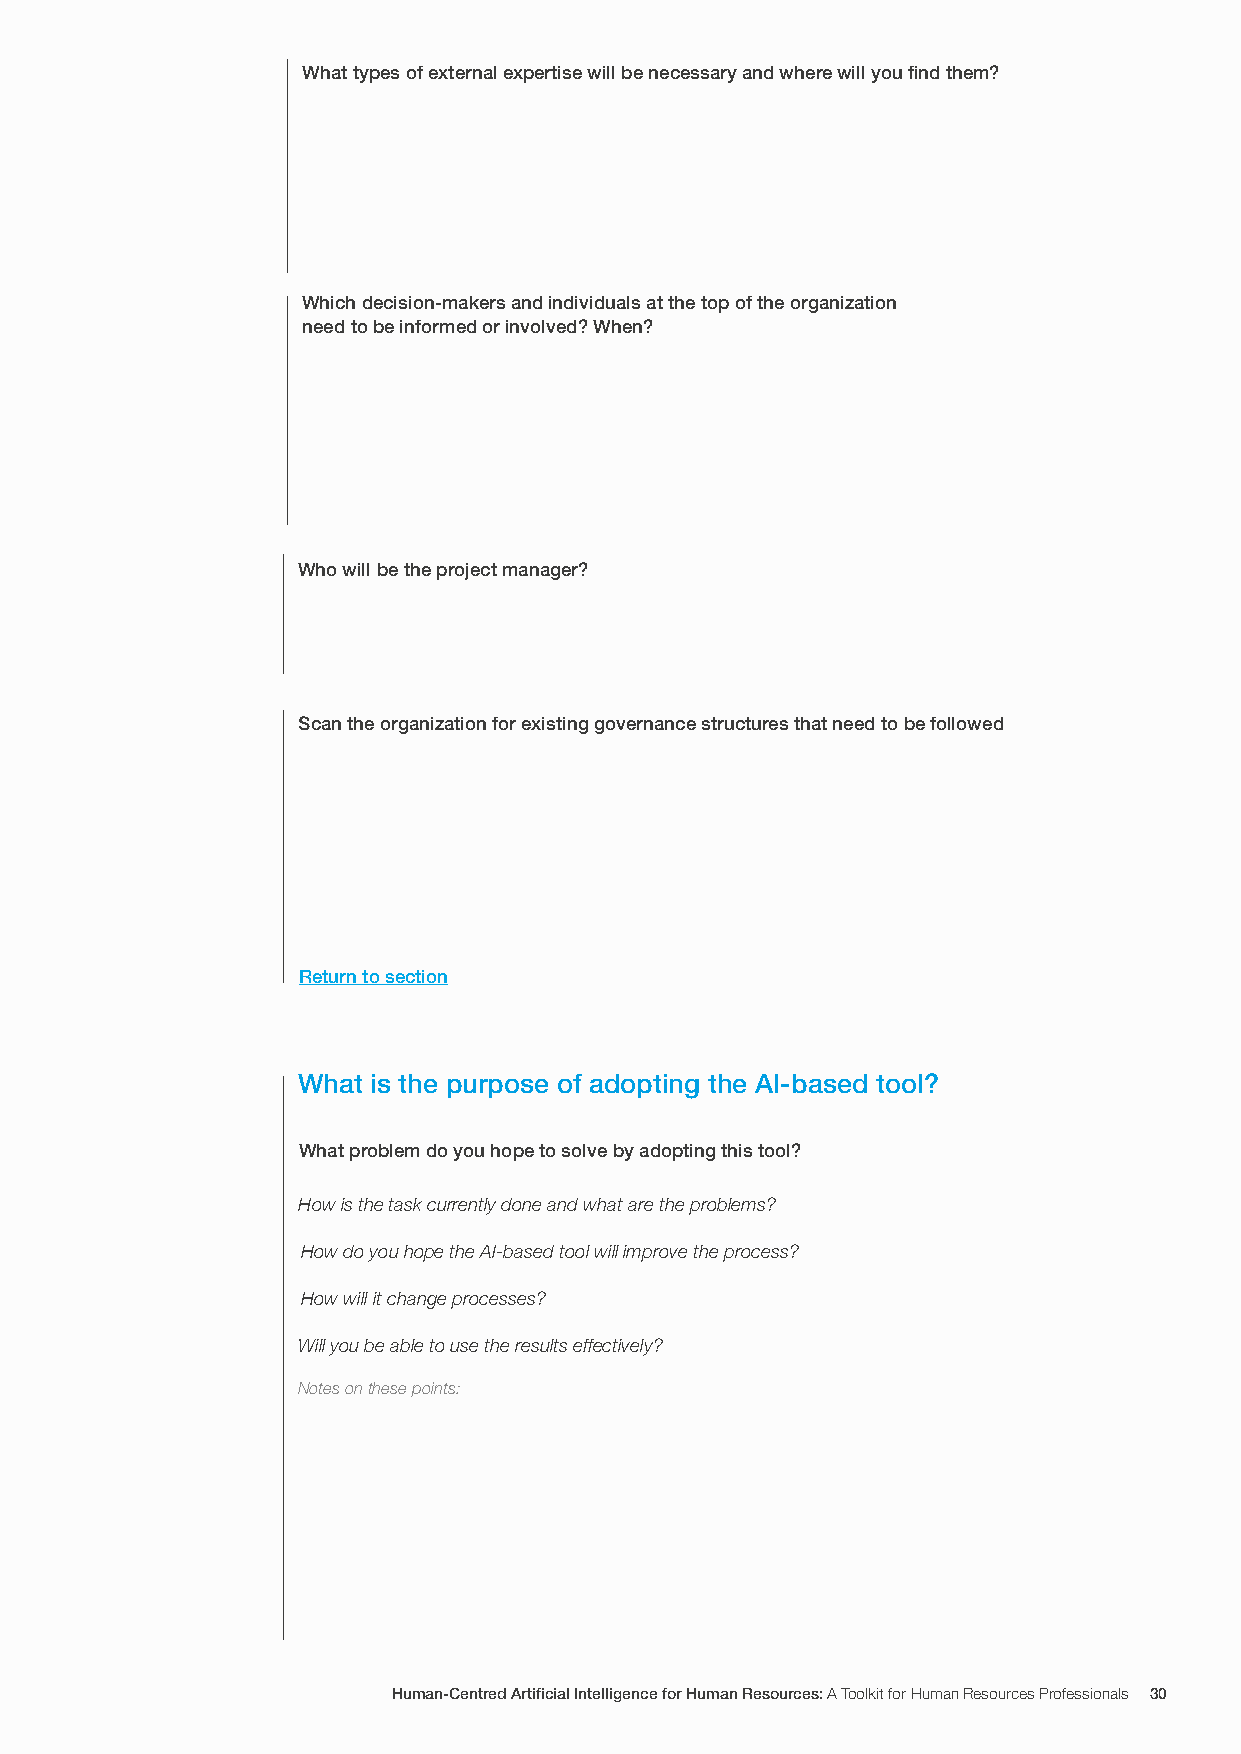
What types of external expertise will be necessary and where will you find them?
 Which decision-makers and individuals at the top of the organization
 need to be informed or involved? When?
 Who will be the project manager?
 Scan the organization for existing governance structures that need to be followed
 Return to section
 What is the purpose of adopting the AI-based tool?
 What problem do you hope to solve by adopting this tool?
 How is the task currently done and what are the problems?
 How do you hope the AI-based tool will improve the process?
 How will it change processes?
 Will you be able to use the results effectively?
 Notes on these points:
 Human-Centred Artificial Intelligence for Human Resources: A Toolkit for Human Resources Professionals 30